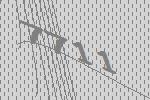
7711